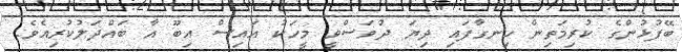
ބޭފުޅުންގެ ކުރިމަތިން ހިނގާފައި ދިޔަ ދުވަސްވީ މީހަކު އައިސް އިބޫ އާ ބައްދަލުކުރިއެވެ.